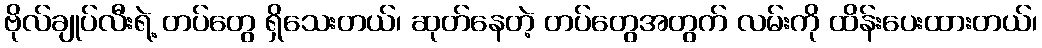
ဗိုလ်ချုပ်လီးရဲ့ တပ်တွေ ရှိသေးတယ်၊ ဆုတ်နေတဲ့ တပ်တွေအတွက် လမ်းကို ထိန်းပေးထားတယ်၊